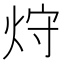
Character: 𤈁